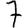
Digit: 7